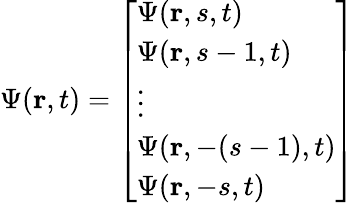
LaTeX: \Psi(\mathbf{r},t)={\left[\begin{array}{l}{\Psi(\mathbf{r},s,t)}\\ {\Psi(\mathbf{r},s-1,t)}\\ {\vdots}\\ {\Psi(\mathbf{r},-(s-1),t)}\\ {\Psi(\mathbf{r},-s,t)}\end{array}\right]}